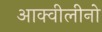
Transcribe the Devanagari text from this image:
आक्वीलीनो